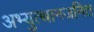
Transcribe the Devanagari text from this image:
अभ्युत्थानजनित